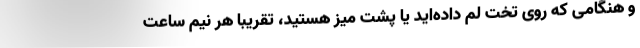
و هنگامی که روی تخت لم داده‌اید یا پشت میز هستید، تقریبا هر نیم ساعت